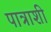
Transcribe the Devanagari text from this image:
पात्राशी